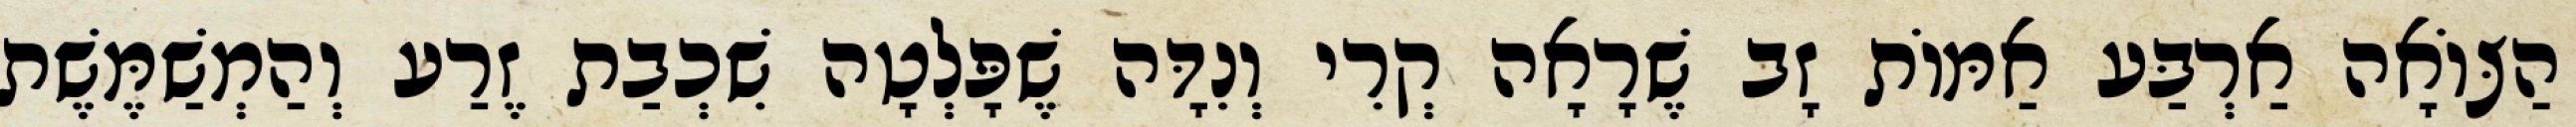
הַצּוֹאָה אַרְבַּע אַמּוֹת זָב שֶׁרָאָה קְרִי וְנִדָּה שֶׁפָּלְטָה שִׁכְבַת זֶרַע וְהַמְשַׁמֶּשֶׁת